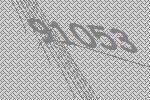
91053